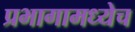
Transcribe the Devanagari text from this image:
प्रभागामध्येच